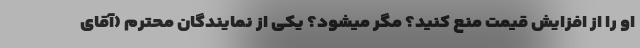
او را از افزایش قیمت منع کنید؟ مگر میشود؟ یکی از نمایندگان محترم (آقای